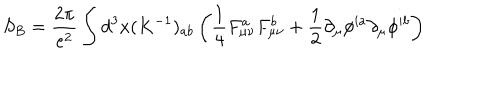
LaTeX: S _ { B } = \frac { 2 \pi } { e ^ { 2 } } \int d ^ { 3 } x ( K ^ { - 1 } ) _ { a b } \left( \frac { 1 } { 4 } F _ { \mu \nu } ^ { a } F _ { \mu \nu } ^ { b } + \frac { 1 } { 2 } \partial _ { \mu } \phi ^ { i a } \partial _ { \mu } \phi ^ { i b } \right)